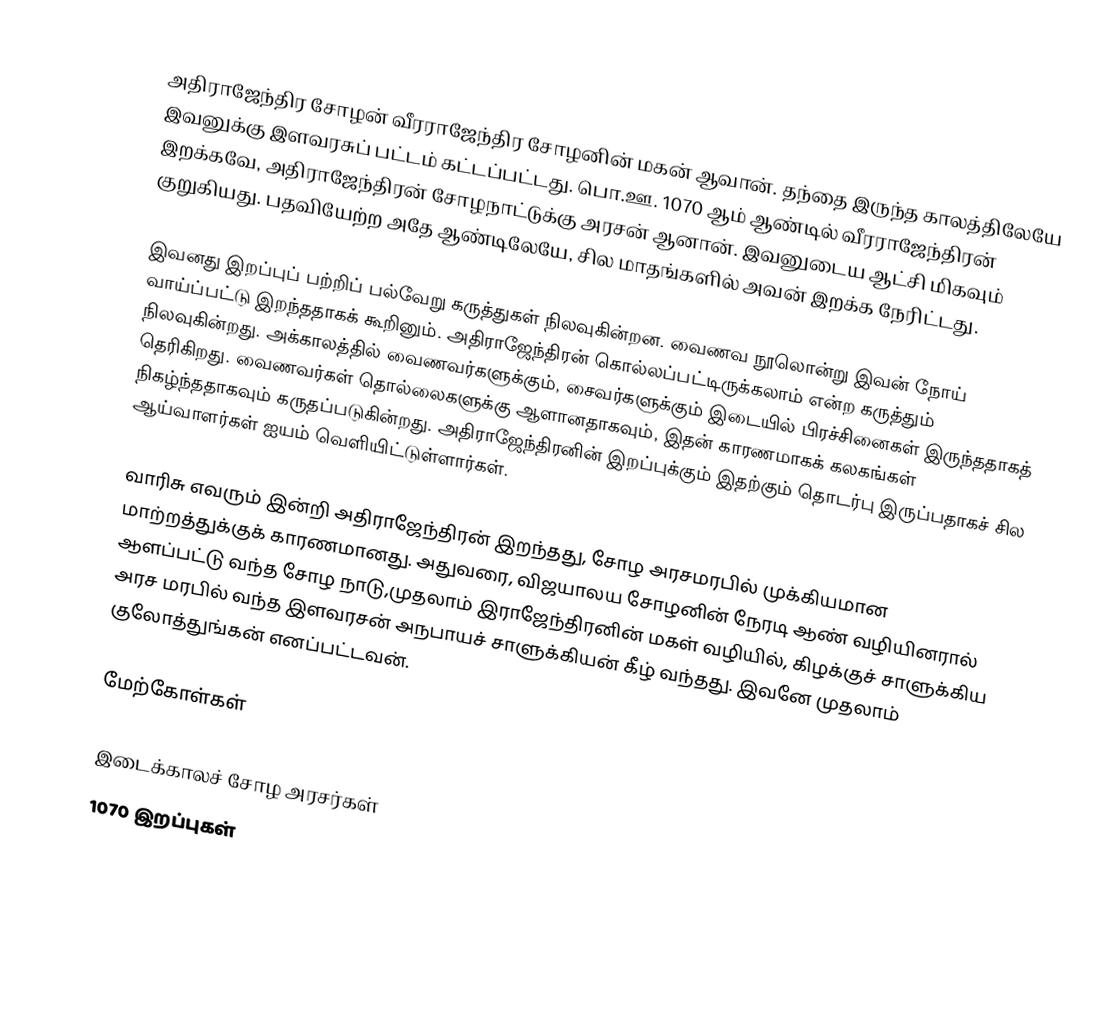
அதிராஜேந்திர சோழன் வீரராஜேந்திர சோழனின் மகன் ஆவான். தந்தை இருந்த காலத்திலேயே இவனுக்கு இளவரசுப் பட்டம் கட்டப்பட்டது. பொ.ஊ. 1070 ஆம் ஆண்டில் வீரராஜேந்திரன் இறக்கவே, அதிராஜேந்திரன் சோழநாட்டுக்கு அரசன் ஆனான். இவனுடைய ஆட்சி மிகவும் குறுகியது. பதவியேற்ற அதே ஆண்டிலேயே, சில மாதங்களில் அவன் இறக்க நேரிட்டது.

இவனது இறப்புப் பற்றிப் பல்வேறு கருத்துகள் நிலவுகின்றன. வைணவ நூலொன்று இவன் நோய் வாய்ப்பட்டு இறந்ததாகக் கூறினும். அதிராஜேந்திரன் கொல்லப்பட்டிருக்கலாம் என்ற கருத்தும் நிலவுகின்றது. அக்காலத்தில் வைணவர்களுக்கும், சைவர்களுக்கும் இடையில் பிரச்சினைகள் இருந்ததாகத் தெரிகிறது. வைணவர்கள் தொல்லைகளுக்கு ஆளானதாகவும், இதன் காரணமாகக் கலகங்கள் நிகழ்ந்ததாகவும் கருதப்படுகின்றது. அதிராஜேந்திரனின் இறப்புக்கும் இதற்கும் தொடர்பு இருப்பதாகச் சில ஆய்வாளர்கள் ஐயம் வெளியிட்டுள்ளார்கள்.

வாரிசு எவரும் இன்றி அதிராஜேந்திரன் இறந்தது, சோழ அரசமரபில் முக்கியமான மாற்றத்துக்குக் காரணமானது. அதுவரை, விஜயாலய சோழனின் நேரடி ஆண் வழியினரால் ஆளப்பட்டு வந்த சோழ நாடு,முதலாம் இராஜேந்திரனின் மகள் வழியில், கிழக்குச் சாளுக்கிய அரச மரபில் வந்த இளவரசன் அநபாயச் சாளுக்கியன் கீழ் வந்தது. இவனே முதலாம் குலோத்துங்கன் எனப்பட்டவன்.

மேற்கோள்கள்

இடைக்காலச் சோழ அரசர்கள்
1070 இறப்புகள்